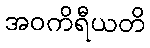
အဝကိရီယတိ